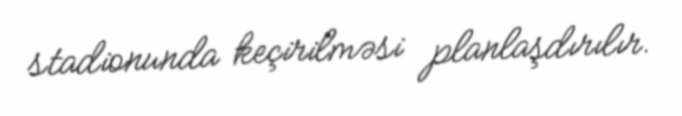
stadionunda keçirilməsi planlaşdırılır.